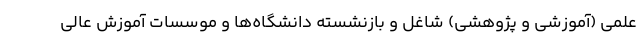
علمی (آموزشی و پژوهشی) شاغل و بازنشسته دانشگاه‌ها و موسسات آموزش عالی